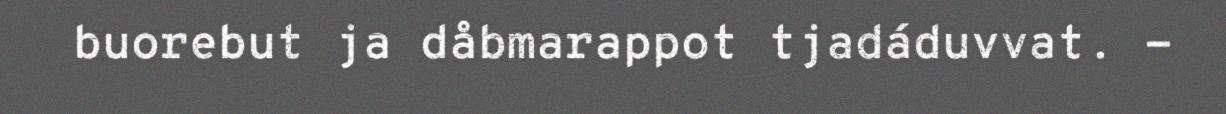
buorebut ja dåbmarappot tjadáduvvat. -